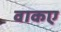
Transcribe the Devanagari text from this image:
वाकए